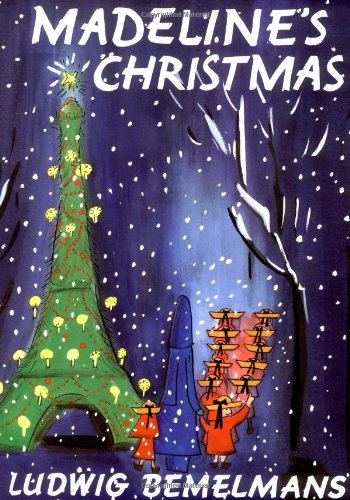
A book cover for Madeline's Christmas; Ludwig Bemelmans; Children's Books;